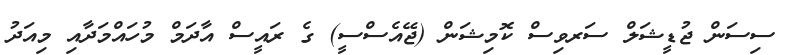
ސިސަން ޖުޑީޝަލް ސަރވިސް ކޮމިޝަން (ޖޭއެސްސީ) ގެ ރައީސް އާދަމް މުހައްމަދާއި މިއަދު